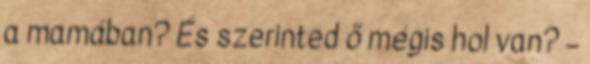
a mamában? És szerinted ő mégis hol van? –